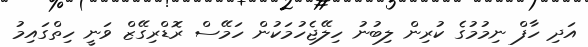
އަދި ހާފް ނިމުމުގެ ކުރިން ލިބުނު ހިލޭޖެހުމަކުން ހަމޭސް ރޮޑްރިގޭޒް ވަނީ ހިތްގައިމު